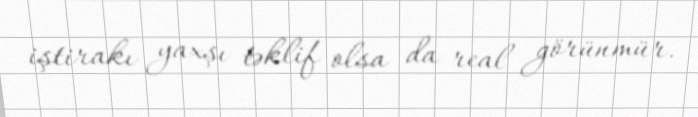
iştirakı yaxşı təklif olsa da real görünmür.